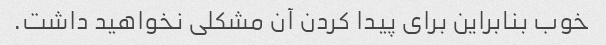
خوب بنابراین برای پیدا کردن آن مشکلی نخواهید داشت.